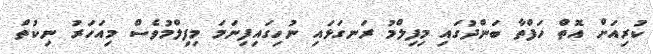
ކުރިއަށް އޮތް ހަފްތާ ބަންދުގައި މިފިލްމު ރަނގަޅައި ނުހިގައިފިނަމަ މިފިލްމުވެސް މިއަހަރު ނިކުތް